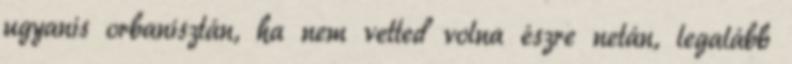
ugyanis orbanisztán, ha nem vetted volna észre netán, legalább